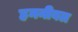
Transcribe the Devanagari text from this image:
हननीबल